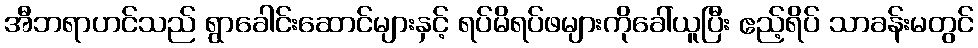
အီဘရာဟင်သည် ရွာခေါင်းဆောင်များနှင့် ရပ်မိရပ်ဖများကိုခေါ်ယူပြီး ဧည့်ရိပ် သာခန်းမတွင်